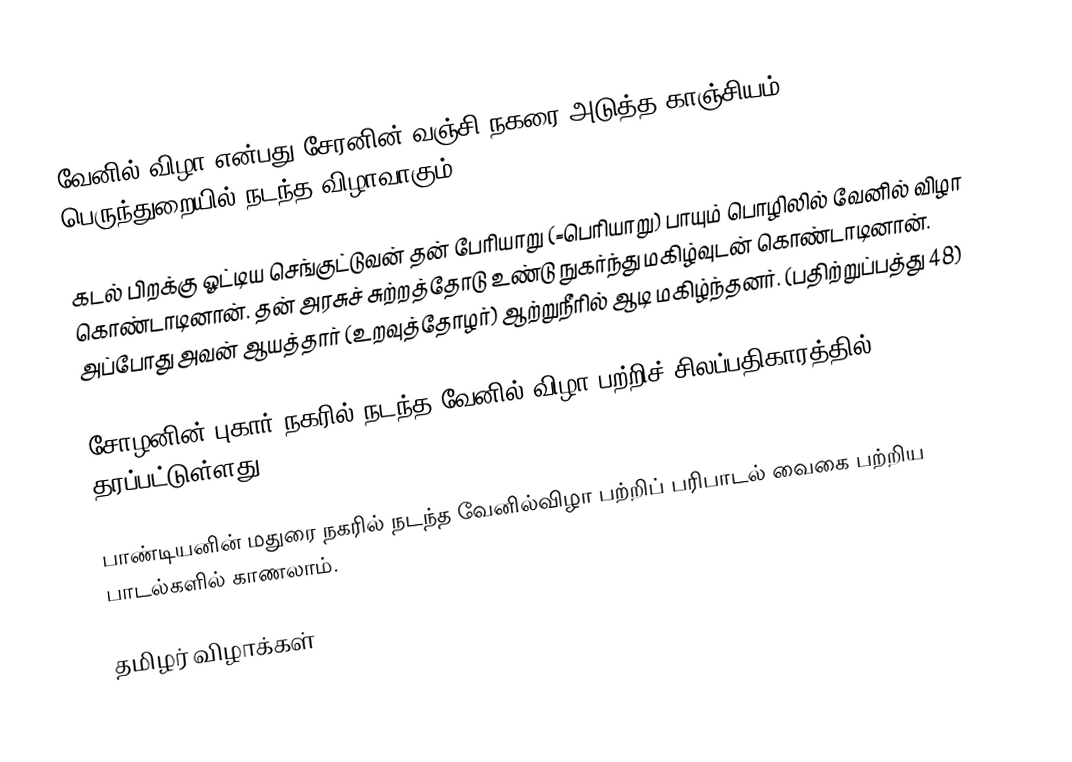
வேனில் விழா என்பது சேரனின் வஞ்சி நகரை அடுத்த காஞ்சியம் பெருந்துறையில் நடந்த விழாவாகும்.

கடல் பிறக்கு ஓட்டிய செங்குட்டுவன் தன் பேரியாறு (=பெரியாறு) பாயும் பொழிலில் வேனில் விழா கொண்டாடினான். தன் அரசுச் சுற்றத்தோடு உண்டு நுகர்ந்து மகிழ்வுடன் கொண்டாடினான். அப்போது அவன் ஆயத்தார் (உறவுத்தோழர்) ஆற்றுநீரில் ஆடி மகிழ்ந்தனர். (பதிற்றுப்பத்து 48)

சோழனின் புகார் நகரில் நடந்த வேனில் விழா பற்றிச் சிலப்பதிகாரத்தில் தரப்பட்டுள்ளது.

பாண்டியனின் மதுரை நகரில் நடந்த வேனில்விழா பற்றிப் பரிபாடல் வைகை பற்றிய பாடல்களில் காணலாம்.

தமிழர் விழாக்கள்